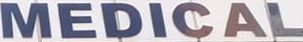
MEDICAL